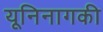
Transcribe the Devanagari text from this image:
यूनिनागकी